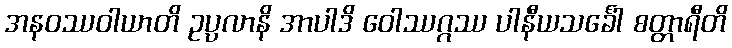
အနဝဿဝါယာတိ ဥပ္ပလာနိ အာပါဒိ ဝေါဿဂ္ဂဿ ပါနီယသင်္ခေါ စတ္တာရီတိ